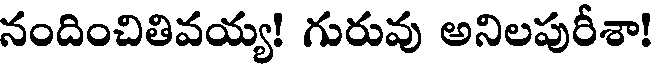
నందించితివయ్య! గురువు అనిలపురీశా!